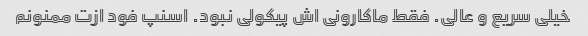
خیلی سریع و عالی. فقط ماکارونی اش پیکولی نبود. اسنپ فود ازت ممنونم